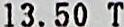
13.50 T